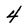
Character: 4